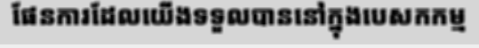
ផែនការដែលយើងទទួលបាននៅក្នុងបេសកកម្ម